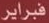
فبراير